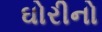
ઘોરીનો